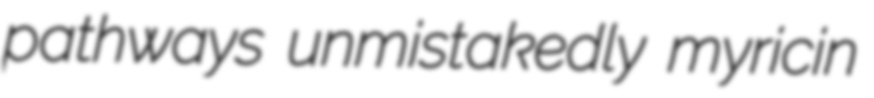
pathways unmistakedly myricin